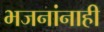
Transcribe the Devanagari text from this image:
भजनांनाही